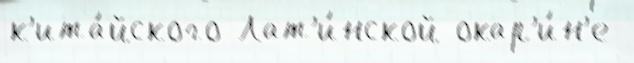
к'ита́йского Лат'и́нской окар'и́н'е